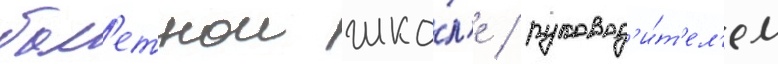
бал'етнои шко́л'е / руковод'и́т'ел'ем